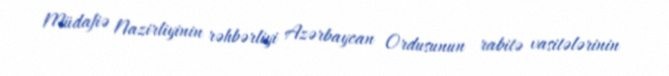
Müdafiə Nazirliyinin rəhbərliyi Azərbaycan Ordusunun rabitə vasitələrinin